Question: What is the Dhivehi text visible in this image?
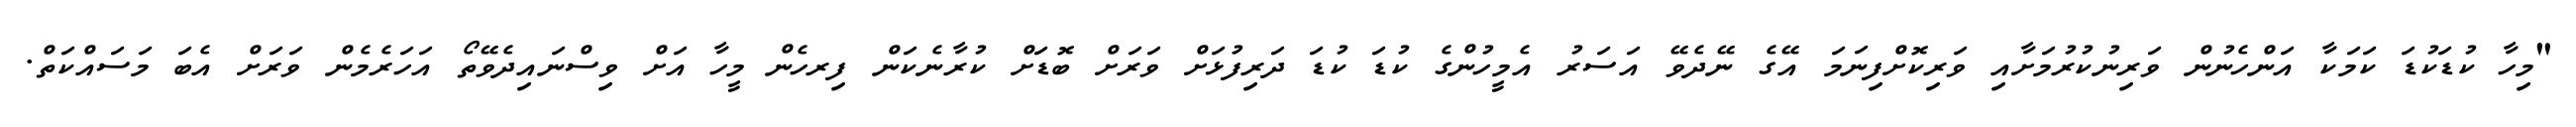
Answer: "މިހާ ކުޑަކުޑަ ކަމަކާ އަންހެނުން ވަރިނުކުރުމަށާއި ވަރިކޮށްފިނަމަ އޭގެ ނޭދެވޭ އަސަރު އެމީހުންގެ ކުޑަ ކުޑަ ދަރިފުޅަށް ވަރަށް ބޮޑަށް ކުރާނެކަން ފިރހެން މީހާ އަށް ވިސްނައިދެވޭތޯ އަހަރެމެން ވަރަށް އެބަ މަސައްކަތް.